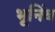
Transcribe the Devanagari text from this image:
भूनिंब